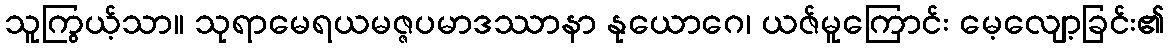
သူကြွယ့်သာ။ သုရာမေရယမဇ္ဇပမာဒဿာနာ နုယောဂေ၊ ယဇ်မူကြောင်း မေ့လျော့ခြင်း၏